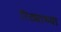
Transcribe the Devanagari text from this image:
रिठ्याच्या